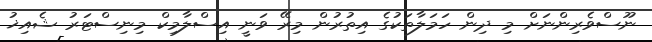
ނޫސްވެރިންނަށް މި ދިން ހަމަލާތަކުގެ އިތުރުން މިރޭ ވަނީ އިސްލާމިކް މިނިސްޓަރު ޝެއިޚު